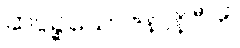
ဆပ္ပဉ္စယောဇနာနိပီတိ